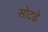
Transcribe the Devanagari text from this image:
सोटडे